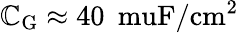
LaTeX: \mathbb{C}_{\mathrm{{G}}}\approx40\: \mathrm{{\ muF/cm^{2}}}